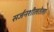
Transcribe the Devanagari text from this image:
सर्जनशीलतेला